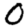
Digit: 0